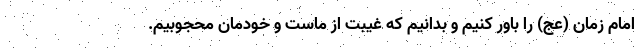
امام زمان (عج) را باور کنیم و بدانیم که غیبت از ماست و خودمان محجوبیم.